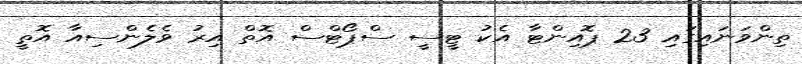
ތިންވަނައިގައި 23 ޕޮއިންޓާ އެކު ޓީސީ ސްޕޯޓްސް އޮތް އިރު ވެލެންސިއާ އޮތީ